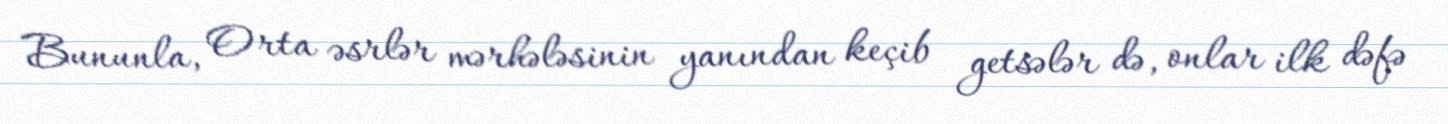
Bununla, Orta əsrlər mərhələsinin yanından keçib getsələr də, onlar ilk dəfə